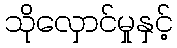
သိုလှောင်မှုနှင့်